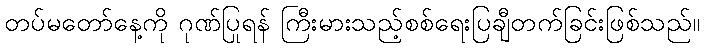
တပ်မတော်နေ့ကို ဂုဏ်ပြုရန် ကြီးမားသည့်စစ်ရေးပြချီတက်ခြင်းဖြစ်သည်။